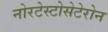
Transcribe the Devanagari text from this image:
नोरटेस्टोसेटेरोन